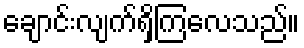
ချောင်းလျက်ရှိကြလေသည်။